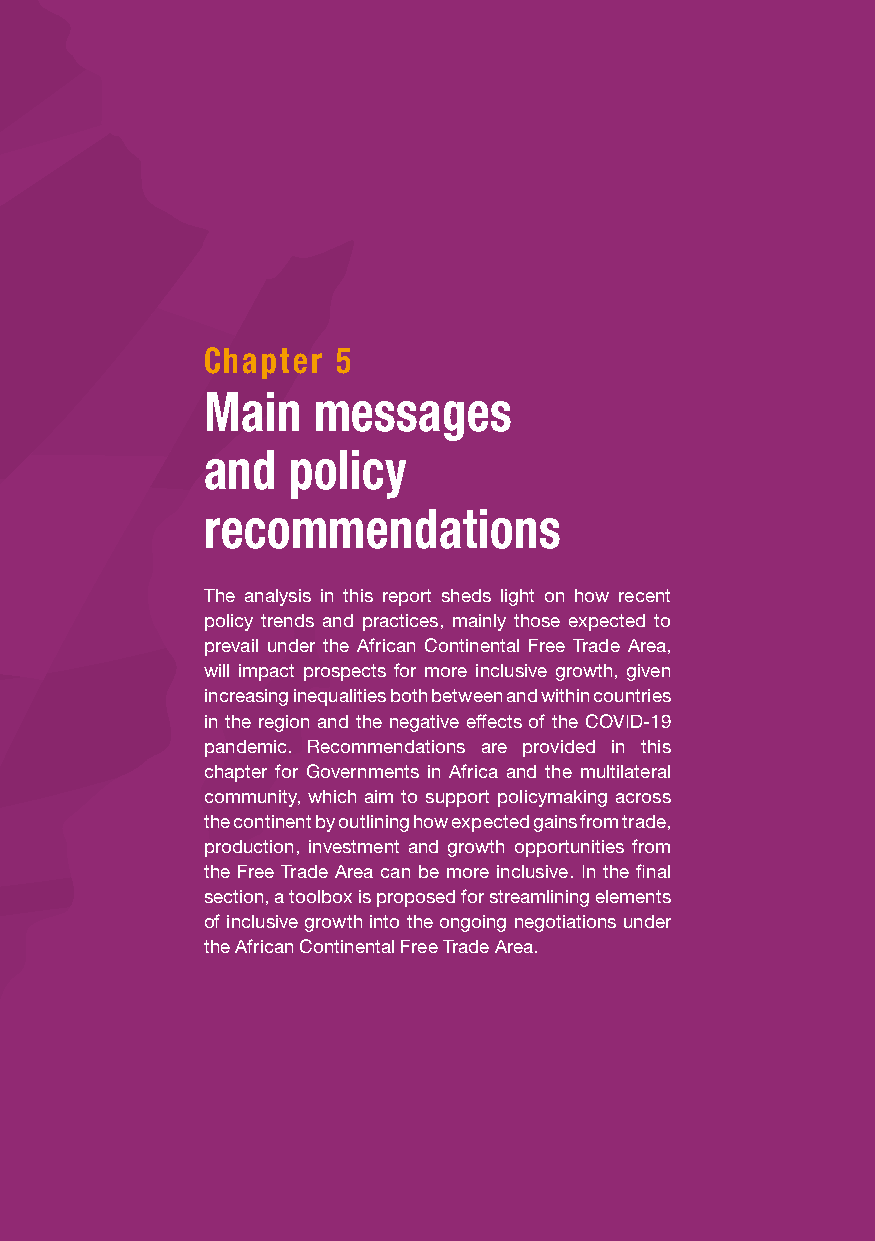
Chapter  5
 Main    messages
 and   policy
 recommendations
 The analysis in this report sheds light on how recent
 policy trends and practices, mainly those expected to
 prevail under the African Continental Free Trade Area,
 will impact prospects for more inclusive growth, given
 increasing inequalities both between and within countries
 in the region and the negative effects of the COVID-19
 pandemic. Recommendations are provided in this
 chapter for Governments in Africa and the multilateral
 community, which aim to support policymaking across
 the continent by outlining how expected gains from trade,
 production, investment and growth opportunities from
 the Free Trade Area can be more inclusive. In the final
 section, a toolbox is proposed for streamlining elements
 of inclusive growth into the ongoing negotiations under
 the African Continental Free Trade Area.